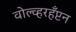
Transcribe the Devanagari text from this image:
वोल्व्हरहँप्टन